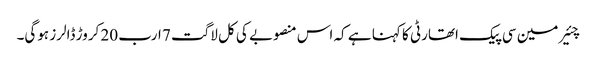
چئیرمین سی پیک اتھارٹی کا کہنا ہے کہ اس منصوبے کی کل لاگت 7 ارب 20 کروڑ ڈالرز ہوگی۔